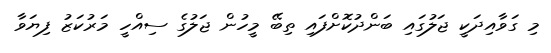
މި ގަވާއިދަކީ ޖަލުގައި ބަންދުކޮށްފައި ތިބޭ މީހުން ޖަލުގެ ސިއްހީ މަރުކަޒު ފިޔަވާ